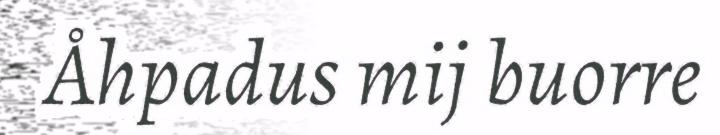
Åhpadus mij buorre